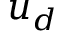
u _ { d }